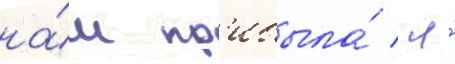
на́м пр'ибыла́ / я́